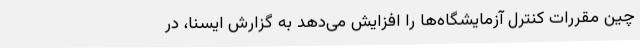
چین مقررات کنترل آزمایشگاه‌ها را افزایش می‌دهد به گزارش ایسنا، در